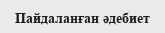
Пайдаланған әдебиет